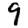
Digit: 9